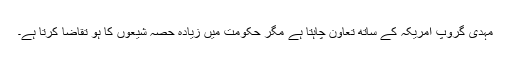
مہدی گروپ امریکہ کے ساتھ تعاون چاہتا ہے مگر حکومت میں زیادہ حصّہ شیعوں کا ہو تقاضا کرتا ہے۔